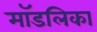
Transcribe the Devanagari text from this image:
मॉडलिका